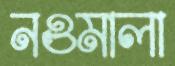
নওমালা